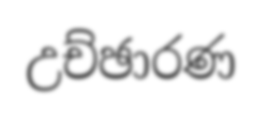
උච්ඡාරණ